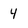
Character: 4